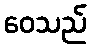
ဝေသည်